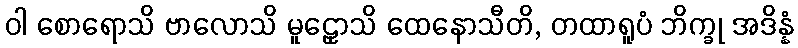
ဝါ စောရောသိ ဗာလောသိ မူဠှောသိ ထေနောသီတိ, တထာရူပံ ဘိက္ခု အဒိန္နံ